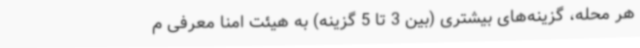
هر محله، گزینه‌های بیشتری (بین 3 تا 5 گزینه) به هیئت امنا معرفی م